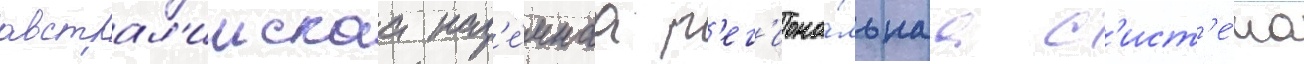
австрал'иискаа наз'е́мнаа р'ег'иона́льнаа с'ист'е́ма